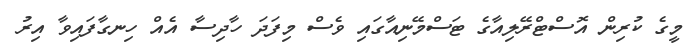
މީގެ ކުރިން އޮސްޓްރޭލިއާގެ ޓަސްމޭނިއާގައި ވެސް މިފަދަ ހާދިސާ އެއް ހިނގާފައިވާ އިރު